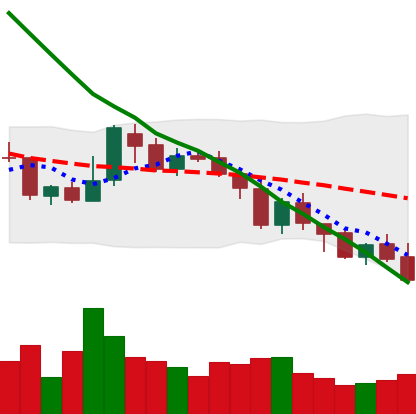
Ticker: XMR-USD
Chart end date: 2018-08-07
Forward return: -13.73%
Label: down_7plus